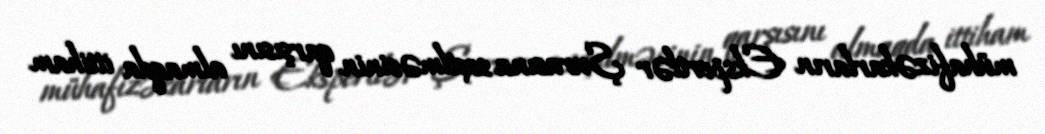
mühafizəkarların Ekspertlər Şurasına seçilməsinin qarşısını almaqda ittiham